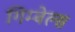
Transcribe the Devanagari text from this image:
गिम्बेल्स